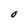
Character: O